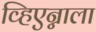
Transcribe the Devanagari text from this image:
व्हिएन्नाला